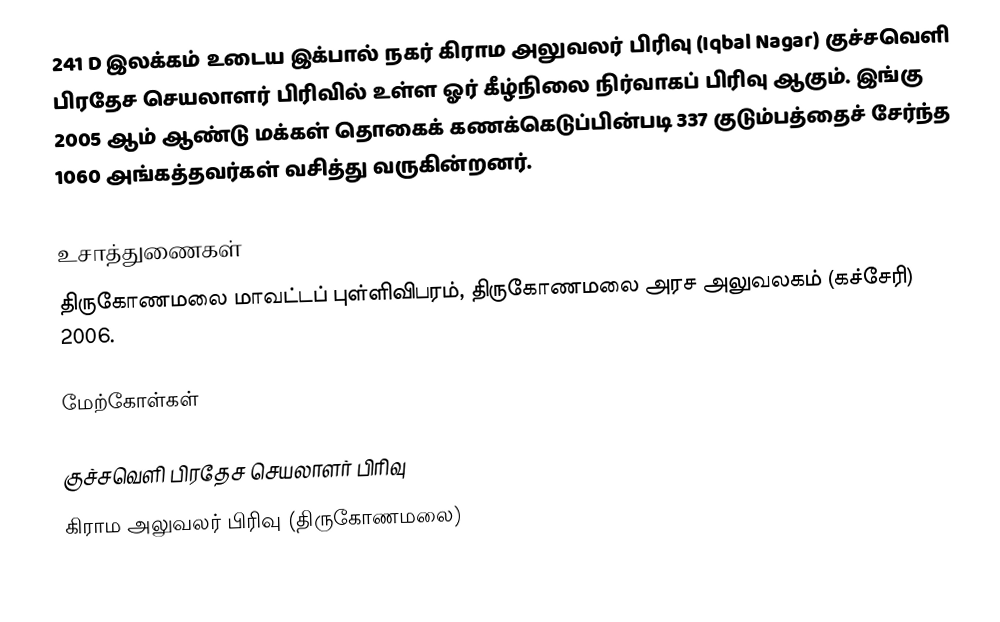
241 D இலக்கம்  உடைய இக்பால் நகர் கிராம அலுவலர் பிரிவு (Iqbal Nagar) குச்சவெளி பிரதேச செயலாளர் பிரிவில்  உள்ள ஓர் கீழ்நிலை நிர்வாகப் பிரிவு ஆகும். இங்கு 2005 ஆம் ஆண்டு மக்கள் தொகைக் கணக்கெடுப்பின்படி 337 குடும்பத்தைச் சேர்ந்த 1060 அங்கத்தவர்கள் வசித்து வருகின்றனர்.

உசாத்துணைகள்
திருகோணமலை மாவட்டப் புள்ளிவிபரம்,  திருகோணமலை அரச அலுவலகம் (கச்சேரி) 2006.

மேற்கோள்கள்

குச்சவெளி பிரதேச செயலாளர் பிரிவு
கிராம அலுவலர் பிரிவு (திருகோணமலை)